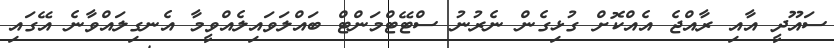
ސައޫދީ އާއި ރާއްޖެ އެއްކޮށް ގުޅިގެން ނެރުނު ސްޓޭޓްމަންޓް ބައްލަވައިލެއްވީމާ އެނގިލައްވާނެ އޭގައި